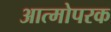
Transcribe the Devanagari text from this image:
आत्मोपरक